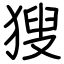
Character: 獀